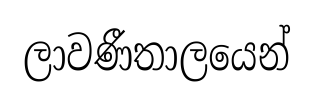
ලාවණීතාලයෙන්